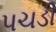
પચડી